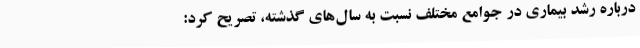
درباره رشد بیماری در جوامع مختلف نسبت به سال‌های گذشته، تصریح کرد: